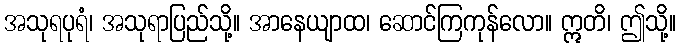
အသုရပုရံ၊ အသုရာပြည်သို့။ အာနေယျာထ၊ ဆောင်ကြကုန်လော။ ဣတိ၊ ဤသို့။